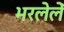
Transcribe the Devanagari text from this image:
भरलेलें